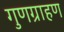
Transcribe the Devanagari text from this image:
गुणग्राहण